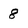
Character: 8